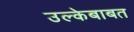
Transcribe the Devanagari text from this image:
उल्केबाबत